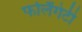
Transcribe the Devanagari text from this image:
फर्लिंगेटी